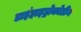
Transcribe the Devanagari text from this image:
डाईहाइड्रोकोडीन